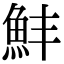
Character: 䰷